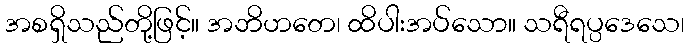
အစရှိသည်တို့ဖြင့်။ အဘိဟတေ၊ ထိပါးအပ်သော။ သရီရပ္ပဒေသေ၊